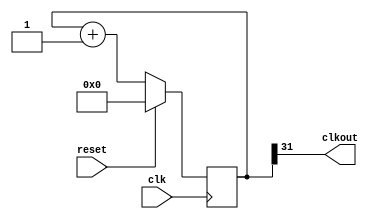
// SPDX-FileCopyrightText: 2021 Konrad Rzeszutek Wilk
//
// Licensed under the Apache License, Version 2.0 (the "License");
// you may not use this file except in compliance with the License.
// You may obtain a copy of the License at
//
//      http://www.apache.org/licenses/LICENSE-2.0
//
// Unless required by applicable law or agreed to in writing, software
// distributed under the License is distributed on an "AS IS" BASIS,
// WITHOUT WARRANTIES OR CONDITIONS OF ANY KIND, either express or implied.
// See the License for the specific language governing permissions and
// limitations under the License.
// SPDX-License-Identifier: Apache-2.0
`timescale 1ns / 1ps

module clkdiv #(parameter WIDTH=32) (
    input wire reset,
    input wire clk,
    output wire clkout
);

    reg [WIDTH-1:0] counter;

    always @(posedge clk) begin
        if (reset) begin
            counter <= 0;
        end else begin
            counter <= counter + 1'b1;
        end
    end

    assign clkout = counter[WIDTH-1];
endmodule